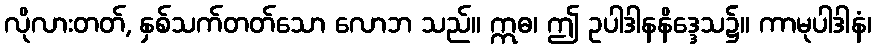
လိုလားတတ်, နှစ်သက်တတ်သော လောဘ သည်။ ဣဓ၊ ဤ ဥပါဒါနနိဒ္ဒေသ၌။ ကာမုပါဒါနံ၊